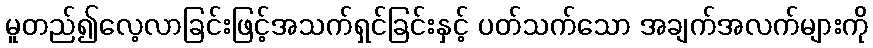
မူတည်၍လေ့လာခြင်းဖြင့်အသက်ရှင်ခြင်းနှင့် ပတ်သက်သော အချက်အလက်များကို